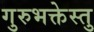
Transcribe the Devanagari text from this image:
गुरुभक्तेस्तु